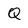
Character: Q